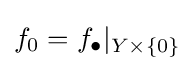
f_{0}=f_{\bullet }|_{Y\times \{0\}}